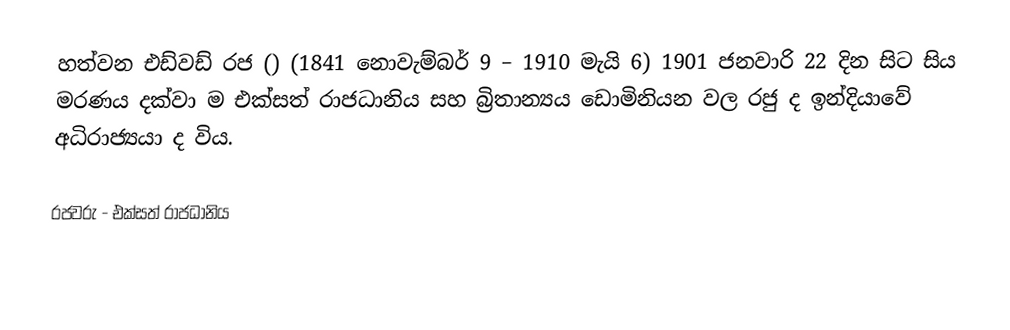
හත්වන එඩ්වඩ් රජ () (1841 නොවැම්බර් 9 – 1910 මැයි 6) 1901 ජනවාරි 22 දින සිට සිය මරණය දක්වා ම එක්සත් රාජධානිය සහ බ්‍රිතාන්‍යය ඩොමිනියන වල රජු ද ඉන්දියාවේ අධිරාජ්‍යයා ද විය.

රජවරු - එක්සත් රාජධානිය